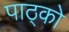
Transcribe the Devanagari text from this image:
पाठ्को